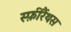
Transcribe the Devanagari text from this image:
स्फ़ीरैंथस